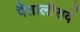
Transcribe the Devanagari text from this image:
पैंतालीसवें